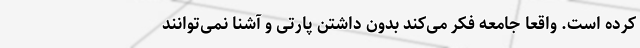
کرده است. واقعا جامعه فکر می‌کند بدون داشتن پارتی و آشنا نمی‌توانند